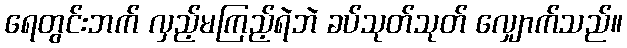
ရေတွင်းဘက် လှည့်မကြည့်ရဲဘဲ ခပ်သုတ်သုတ် လျှောက်သည်။